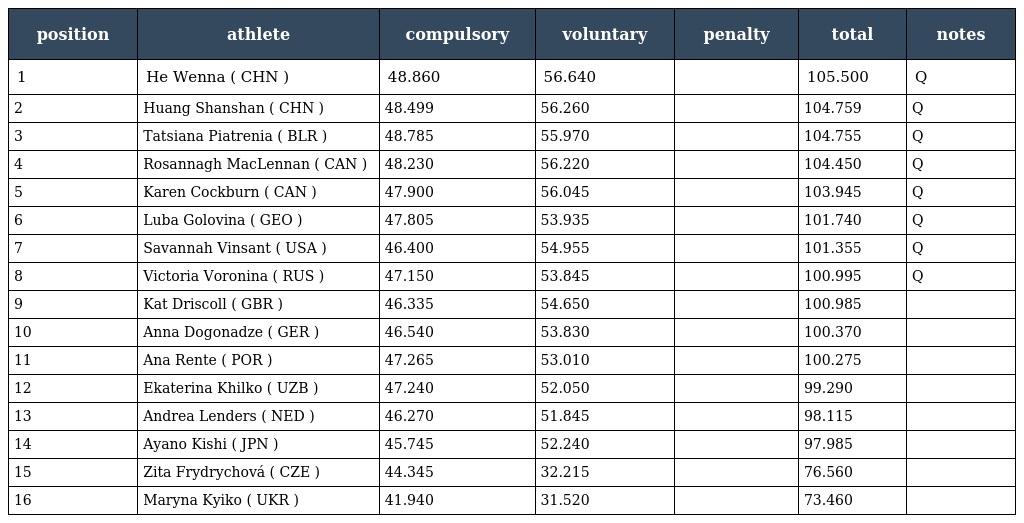
| position | athlete | compulsory | voluntary | penalty | total | notes |
 | --- | --- | --- | --- | --- | --- | --- |
 | 1 | He Wenna ( CHN ) | 48.860 | 56.640 |  | 105.500 | Q |
 | 2 | Huang Shanshan ( CHN ) | 48.499 | 56.260 |  | 104.759 | Q |
 | 3 | Tatsiana Piatrenia ( BLR ) | 48.785 | 55.970 |  | 104.755 | Q |
 | 4 | Rosannagh MacLennan ( CAN ) | 48.230 | 56.220 |  | 104.450 | Q |
 | 5 | Karen Cockburn ( CAN ) | 47.900 | 56.045 |  | 103.945 | Q |
 | 6 | Luba Golovina ( GEO ) | 47.805 | 53.935 |  | 101.740 | Q |
 | 7 | Savannah Vinsant ( USA ) | 46.400 | 54.955 |  | 101.355 | Q |
 | 8 | Victoria Voronina ( RUS ) | 47.150 | 53.845 |  | 100.995 | Q |
 | 9 | Kat Driscoll ( GBR ) | 46.335 | 54.650 |  | 100.985 |  |
 | 10 | Anna Dogonadze ( GER ) | 46.540 | 53.830 |  | 100.370 |  |
 | 11 | Ana Rente ( POR ) | 47.265 | 53.010 |  | 100.275 |  |
 | 12 | Ekaterina Khilko ( UZB ) | 47.240 | 52.050 |  | 99.290 |  |
 | 13 | Andrea Lenders ( NED ) | 46.270 | 51.845 |  | 98.115 |  |
 | 14 | Ayano Kishi ( JPN ) | 45.745 | 52.240 |  | 97.985 |  |
 | 15 | Zita Frydrychová ( CZE ) | 44.345 | 32.215 |  | 76.560 |  |
 | 16 | Maryna Kyiko ( UKR ) | 41.940 | 31.520 |  | 73.460 |  |